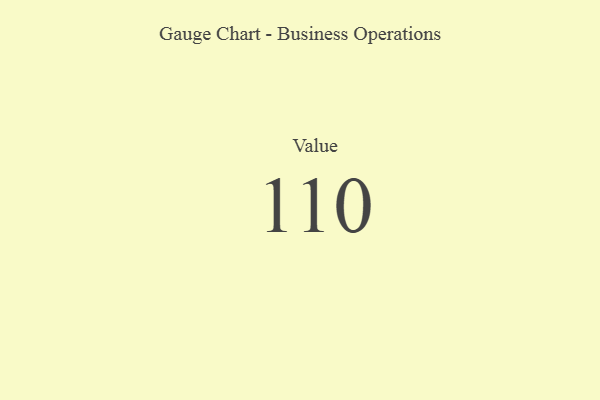
{"axis": {"x": "Metric", "y": "Value"}, "legend": [""], "data": [{"x": "Value", "y": 110, "type": ""}]}